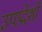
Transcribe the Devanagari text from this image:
उपप्रदेशों